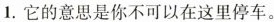
1.它的意思是你不可以在这里停车。